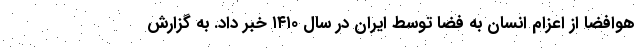
هوافضا از اعزام انسان به فضا توسط ایران در سال ۱۴۱۰ خبر داد. به گزارش